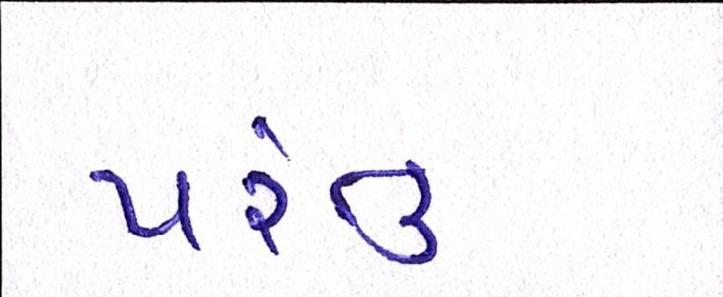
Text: પંરતુ